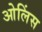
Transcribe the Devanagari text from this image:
ओलिंस